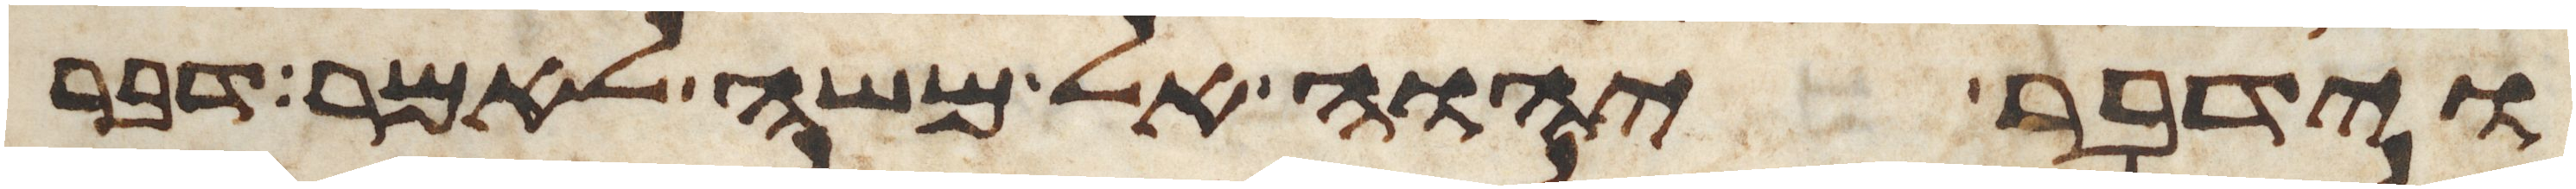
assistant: וידבר יהוה אל משה לאמר דבר